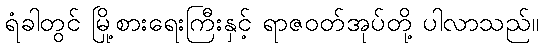
ရံခါတွင် မြို့စားရေးကြီးနှင့် ရာဇဝတ်အုပ်တို့ ပါလာသည်။